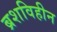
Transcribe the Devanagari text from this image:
ब्रशविहीन